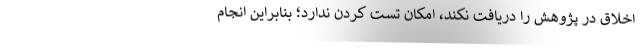
اخلاق در پژوهش را دریافت نکند، امکان تست کردن ندارد؛ بنابراین انجام